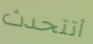
أتتحدث